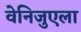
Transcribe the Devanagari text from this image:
वेनिजुएला